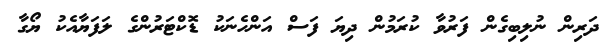
ދަރިން ނުލިބިގެން ފަރުވާ ކުރަމުން ދިޔަ ފަސް އަންހެނަކު ޑޮކްޓަރުންގެ ލަފަޔާއެކު ޔޯގާ